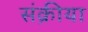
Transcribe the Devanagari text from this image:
संक्रीया